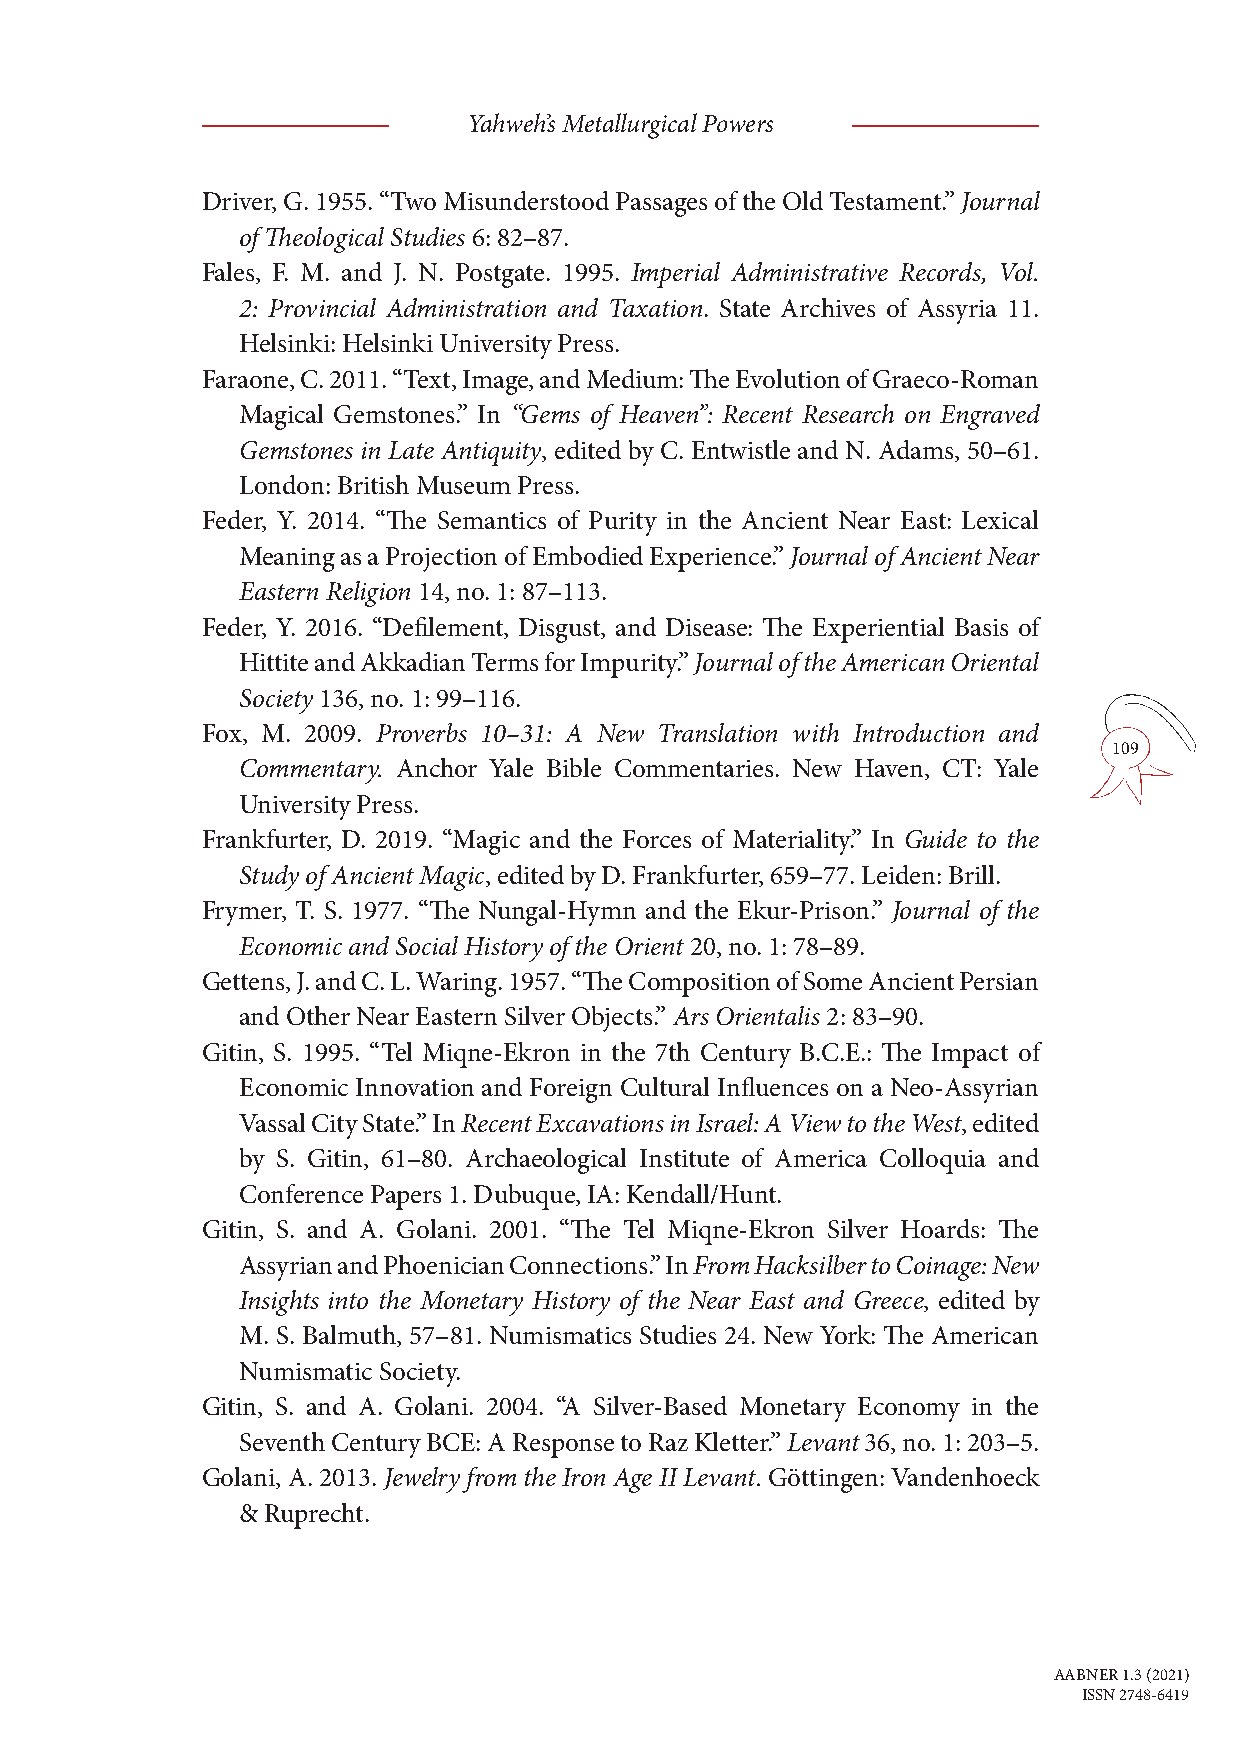
Yahweh’s Metallurgical Powers
 Driver, G. 1955. “Two Misunderstood Passages of the Old Testament.” Journal
 of Theological Studies 6: 82–87.
 Fales, F. M. and J. N. Postgate. 1995. Imperial Administrative Records, Vol.
 2: Provincial Administration and Taxation. State Archives of Assyria 11.
 Helsinki: Helsinki University Press.
 Faraone, C. 2011. “Text, Image, and Medium: The Evolution of Graeco-Roman
 Magical Gemstones.” In “Gems of Heaven”: Recent Research on Engraved
 Gemstones in Late Antiquity, edited by C. Entwistle and N. Adams, 50–61.
 London: British Museum Press.
 Feder, Y. 2014. “The Semantics of Purity in the Ancient Near East: Lexical
 Meaning as a Projection of Embodied Experience.” Journal of Ancient Near
 Eastern Religion 14, no. 1: 87–113.
 Feder, Y. 2016. “Defilement, Disgust, and Disease: The Experiential Basis of
 Hittite and Akkadian Terms for Impurity.” Journal of the American Oriental
 Society 136, no. 1: 99–116.
 Fox, M. 2009. Proverbs 10–31: A New Translation with Introduction and
 109
 Commentary. Anchor Yale Bible Commentaries. New Haven, CT: Yale
 University Press.
 Frankfurter, D. 2019. “Magic and the Forces of Materiality.” In Guide to the
 Study of Ancient Magic, edited by D. Frankfurter, 659–77. Leiden: Brill.
 Frymer, T. S. 1977. “The Nungal-Hymn and the Ekur-Prison.” Journal of the
 Economic and Social History of the Orient 20, no. 1: 78–89.
 Gettens, J. and C. L. Waring. 1957. “The Composition of Some Ancient Persian
 and Other Near Eastern Silver Objects.” Ars Orientalis 2: 83–90.
 Gitin, S. 1995. “Tel Miqne-Ekron in the 7th Century B.C.E.: The Impact of
 Economic Innovation and Foreign Cultural Influences on a Neo-Assyrian
 Vassal City State.” In Recent Excavations in Israel: A View to the West, edited
 by S. Gitin, 61–80. Archaeological Institute of America Colloquia and
 Conference Papers 1. Dubuque, IA: Kendall/Hunt.
 Gitin, S. and A. Golani. 2001. “The Tel Miqne-Ekron Silver Hoards: The
 Assyrian and Phoenician Connections.” In From Hacksilber to Coinage: New
 Insights into the Monetary History of the Near East and Greece, edited by
 M. S. Balmuth, 57–81. Numismatics Studies 24. New York: The American
 Numismatic Society.
 Gitin, S. and A. Golani. 2004. “A Silver-Based Monetary Economy in the
 Seventh Century BCE: A Response to Raz Kletter.” Levant 36, no. 1: 203–5.
 Golani, A. 2013. Jewelry from the Iron Age II Levant. Göttingen: Vandenhoeck
 & Ruprecht.
 AABNER 1.3 (2021)
 ISSN 2748-6419